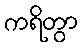
ကရိတွာ